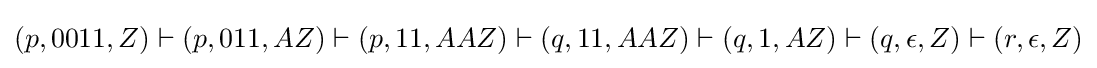
(p,0011,Z)\vdash (p,011,AZ)\vdash (p,11,AAZ)\vdash (q,11,AAZ)\vdash (q,1,AZ)\vdash (q,\epsilon ,Z)\vdash (r,\epsilon ,Z)